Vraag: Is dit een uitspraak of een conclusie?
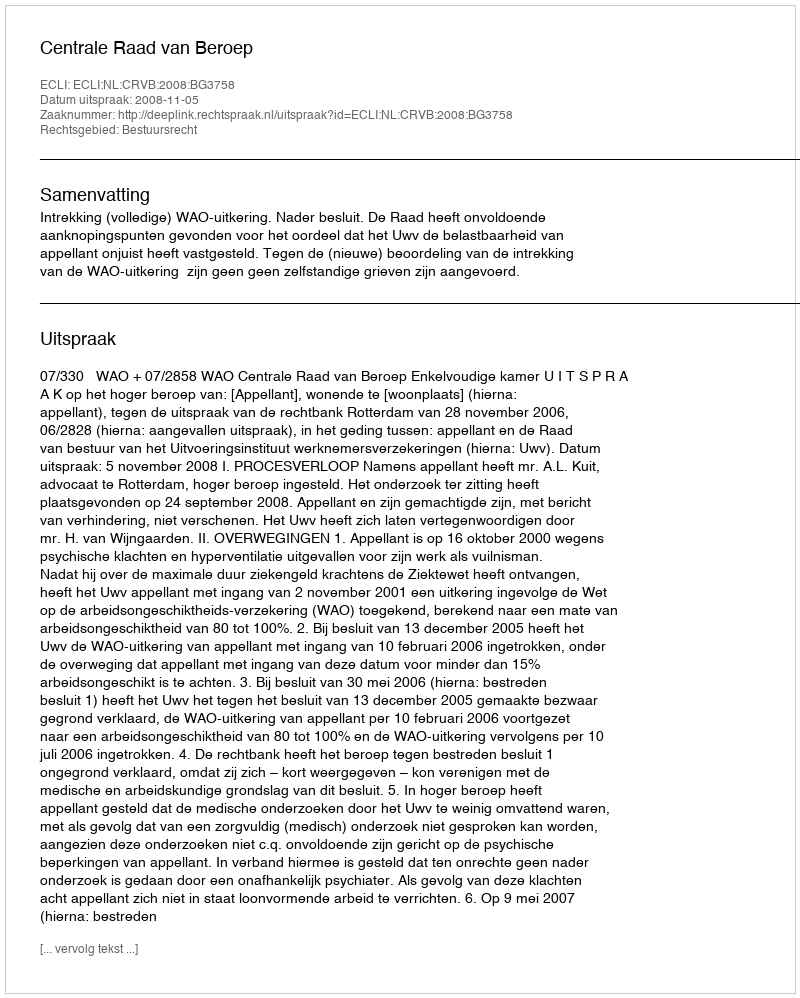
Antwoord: Uitspraak